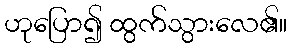
ဟုပြော၍ ထွက်သွားလေ၏။